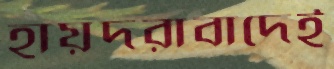
হায়দরাবাদেই